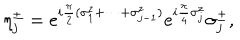
\eta _ { j } ^ { \pm } = e ^ { i { \frac { \pi } { 2 } } ( \sigma _ { 1 } ^ { z } + \cdots + \sigma _ { j - 1 } ^ { z } ) } e ^ { i { \frac { \pi } { 4 } } \sigma _ { j } ^ { z } } \sigma _ { j } ^ { \pm } ,